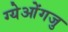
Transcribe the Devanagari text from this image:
ग्येओंगजु